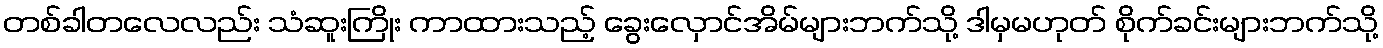
တစ်ခါတလေလည်း သံဆူးကြိုး ကာထားသည့် ခွေးလှောင်အိမ်များဘက်သို့ ဒါမှမဟုတ် စိုက်ခင်းများဘက်သို့